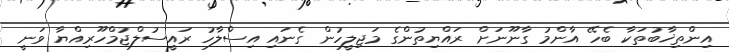
އިންތިޚާބުތަކާ ބެހޭ އާންމު ގާނޫނަށް ރައްޔިތުންގެ މަޖިލީހުން ގެނައި އިސްލާހު ރައީސުލްޖުމްހޫރިއްޔާ ވަނީ